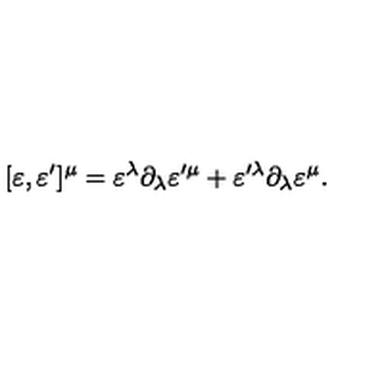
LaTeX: [ \varepsilon , \varepsilon ^ { \prime } ] ^ { \mu } = \varepsilon ^ { \lambda } \partial _ { \lambda } \varepsilon ^ { \prime \mu } + \varepsilon ^ { \prime \lambda } \partial _ { \lambda } \varepsilon ^ { \mu } .